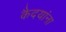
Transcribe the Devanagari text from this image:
कैदयांना